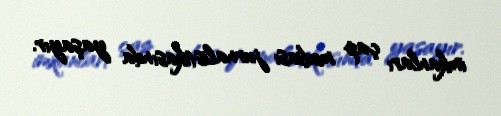
imkanları çap mediası jurnalistikasında yaşayır.